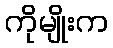
ကိုမျိုးက